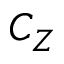
C _ { Z }